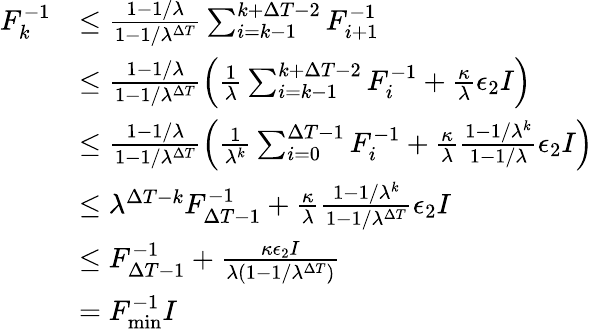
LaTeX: \begin{array}{rl}{F_{k}^{-1}}&{\leq\frac{1-1/\lambda}{1-1/\lambda^{\Delta T}}\sum_{i=k-1}^{k+\Delta T-2}F_{i+1}^{-1}}\\ &{\leq\frac{1-1/\lambda}{1-1/\lambda^{\Delta T}}\left(\frac{1}{\lambda}\sum_{i=k-1}^{k+\Delta T-2}F_{i}^{-1}+\frac{\kappa}{\lambda}\epsilon_{2}I\right)}\\ &{\leq\frac{1-1/\lambda}{1-1/\lambda^{\Delta T}}\left(\frac{1}{\lambda^{k}}\sum_{i=0}^{\Delta T-1}F_{i}^{-1}+\frac{\kappa}{\lambda}\frac{1-1/\lambda^{k}}{1-1/\lambda}\epsilon_{2}I\right)}\\ &{\leq\lambda^{\Delta T-k}F_{\Delta T-1}^{-1}+\frac{\kappa}{\lambda}\frac{1-1/\lambda^{k}}{1-1/\lambda^{\Delta T}}\epsilon_{2}I}\\ &{\leq F_{\Delta T-1}^{-1}+\frac{\kappa\epsilon_{2}I}{\lambda(1-1/\lambda^{\Delta T})}}\\ &{=F_{\operatorname*{min}}^{-1}I}\end{array}